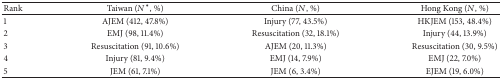
<table><thead><tr><td><b>Rank</b></td><td><b>Taiwan (<i>N</i>*, %)</b></td><td><b>China (<i>N</i>, %)</b></td><td><b>Hong Kong (<i>N</i>, %)</b></td></tr></thead><tbody><tr><td>1</td><td>AJEM (412, 47.8%)</td><td>Injury (77, 43.5%)</td><td>HKJEM (153, 48.4%)</td></tr><tr><td>2</td><td>EMJ (98, 11.4%)</td><td>Resuscitation (32, 18.1%)</td><td>Injury (44, 13.9%)</td></tr><tr><td>3</td><td>Resuscitation (91, 10.6%)</td><td>AJEM (20, 11.3%)</td><td>Resuscitation (30, 9.5%)</td></tr><tr><td>4</td><td>Injury (81, 9.4%)</td><td>EMJ (14, 7.9%)</td><td>EMJ (22, 7.0%)</td></tr><tr><td>5</td><td>JEM (61, 7.1%)</td><td>JEM (6, 3.4%)</td><td>EJEM (19, 6.0%)</td></tr></tbody></table>